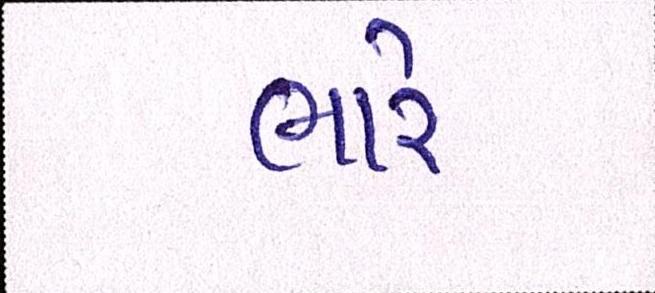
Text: ભારે